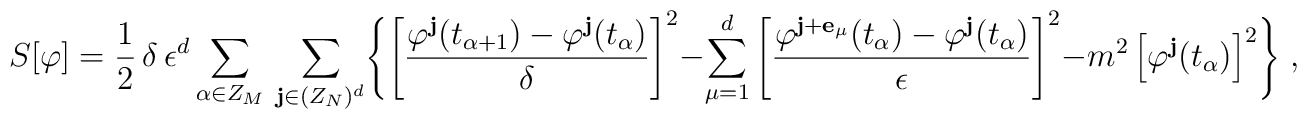
S [\varphi]= \frac{1}{2}  \,\delta  \, \epsilon^{d}\sum_{\alpha \in Z_{M}} \, \sum_{ {\bf j}  \in (Z_{N})^{d} }\Biggl\{ \left[\frac{\varphi^{ {\bf j} }(t_{\alpha +1})-\varphi^{ {\bf j} }(t_{\alpha}) }{\delta } \right]^2  -  \sum_{\mu=1}^{d} \left[ \frac{ \varphi^{ {\bf j} + {\bf e}_{\mu}}(t_{\alpha})-\varphi^{ {\bf j} }(t_{\alpha})}{\epsilon }\right]^2 - m^{2}\left[    \varphi^{ {\bf j} }  (t_{\alpha})  \right]^2 \Biggr\} \;  ,